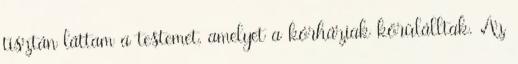
tisztán láttam a testemet, amelyet a kórháziak körülálltak. Az